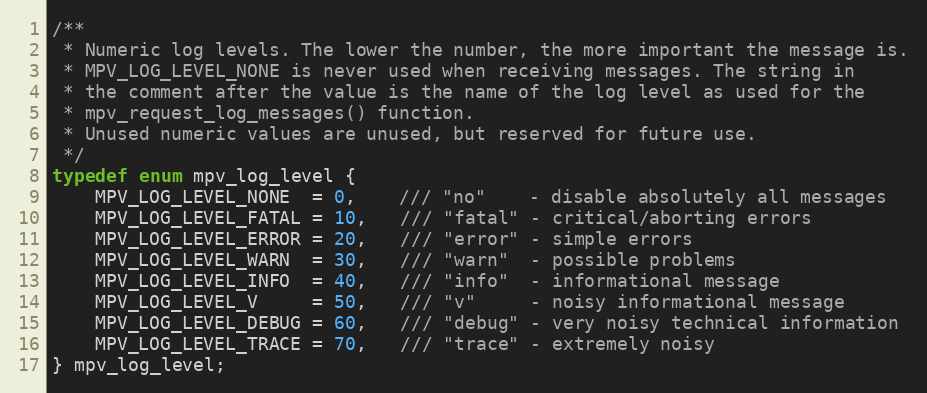
Language: C
/**
 * Numeric log levels. The lower the number, the more important the message is.
 * MPV_LOG_LEVEL_NONE is never used when receiving messages. The string in
 * the comment after the value is the name of the log level as used for the
 * mpv_request_log_messages() function.
 * Unused numeric values are unused, but reserved for future use.
 */
typedef enum mpv_log_level {
    MPV_LOG_LEVEL_NONE  = 0,    /// "no"    - disable absolutely all messages
    MPV_LOG_LEVEL_FATAL = 10,   /// "fatal" - critical/aborting errors
    MPV_LOG_LEVEL_ERROR = 20,   /// "error" - simple errors
    MPV_LOG_LEVEL_WARN  = 30,   /// "warn"  - possible problems
    MPV_LOG_LEVEL_INFO  = 40,   /// "info"  - informational message
    MPV_LOG_LEVEL_V     = 50,   /// "v"     - noisy informational message
    MPV_LOG_LEVEL_DEBUG = 60,   /// "debug" - very noisy technical information
    MPV_LOG_LEVEL_TRACE = 70,   /// "trace" - extremely noisy
} mpv_log_level;